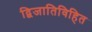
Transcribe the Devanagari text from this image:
द्विजातिविहित